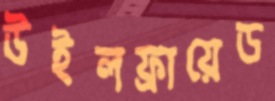
উইলফ্রায়েড